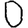
Digit: 0